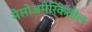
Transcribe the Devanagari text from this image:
मेसोअमेरिकेतील